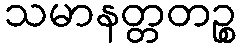
သမာနတ္တတဉ္စ